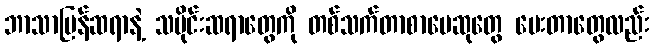
ဘာသာပြန်ဆရာနဲ့ သမိုင်းဆရာတွေကို တစ်သက်တာစာပေဆုတွေ ပေးတာတွေလည်း